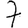
Digit: 7